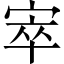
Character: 𡨧